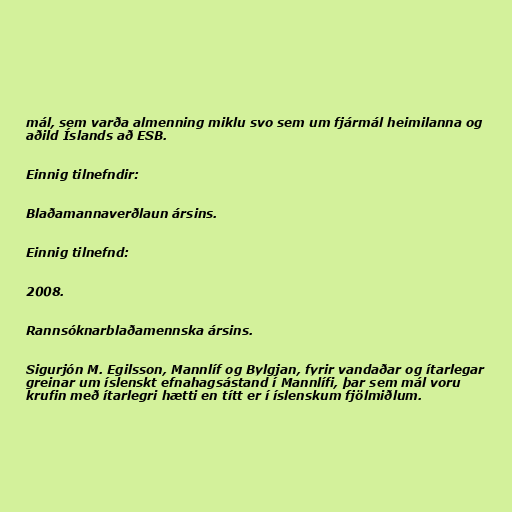
mál, sem varða almenning miklu svo sem um fjármál heimilanna og
aðild Íslands að ESB.

Einnig tilnefndir:

Blaðamannaverðlaun ársins.

Einnig tilnefnd:

2008.

Rannsóknarblaðamennska ársins.

Sigurjón M. Egilsson, Mannlíf og Bylgjan, fyrir vandaðar og ítarlegar
greinar um íslenskt efnahagsástand í Mannlífi, þar sem mál voru
krufin með ítarlegri hætti en títt er í íslenskum fjölmiðlum.